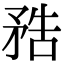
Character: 𥍱